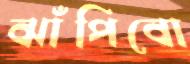
ঝাঁপিবো